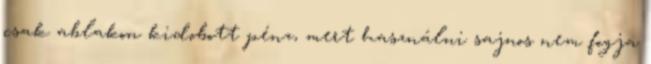
csak ablakon kidobott pénz, mert használni sajnos nem fogja